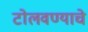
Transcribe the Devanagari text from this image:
टोलवण्याचे